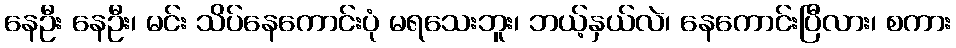
နေဦး နေဦး၊ မင်း သိပ်နေကောင်းပုံ မရသေးဘူး၊ ဘယ့်နှယ်လဲ၊ နေကောင်းပြီလား၊ စကား